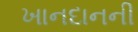
ખાનદાનની